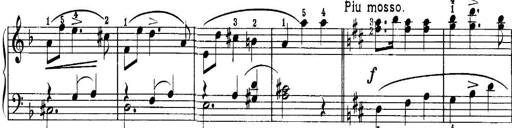
Title: Quatres sonatines
Composer: Tadeusz Joteyko